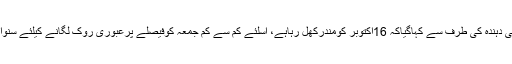
عرضی دہندہ کی طرف سے کہاگیاکہ 16اکتوبر کومندرکھل رہاہے، اسلئے کم سے کم جمعہ کوفیصلے پرعبوری روک لگانے کیلئے سنوائی ہو۔